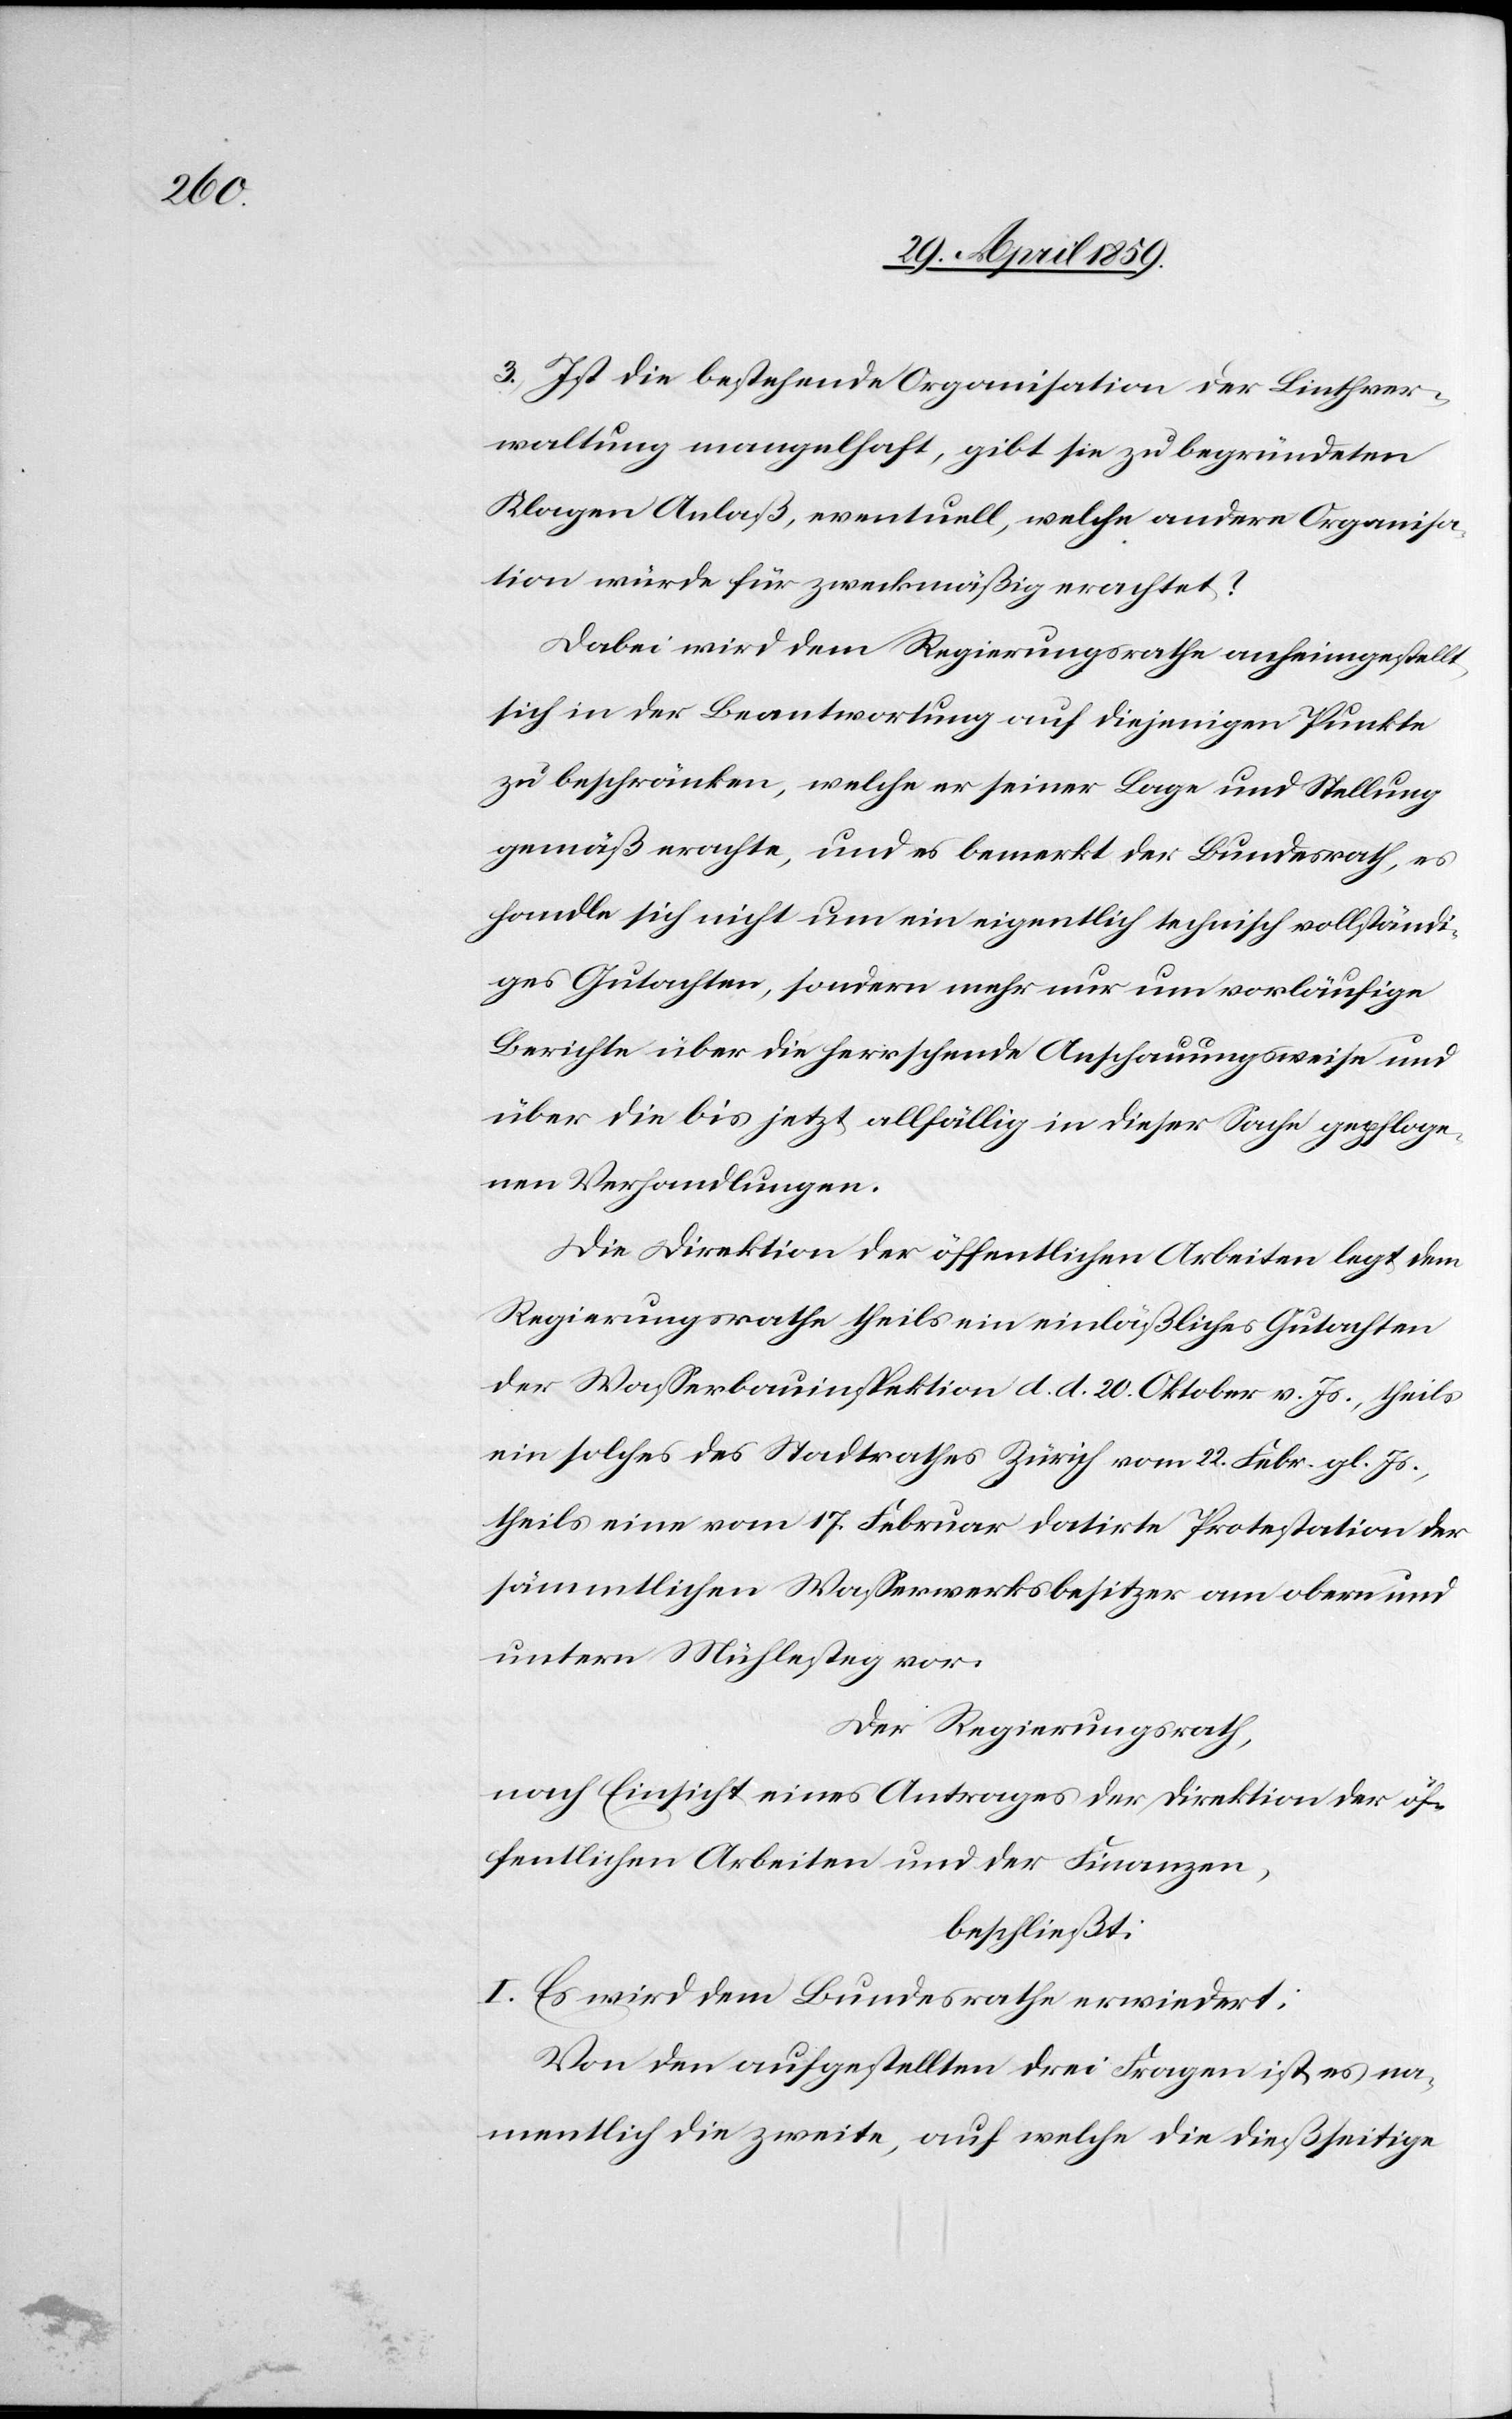
3) Ist die bestehende Organisation der Linthver¬
waltung mangelhaft, gibt sie zu begründeten
Klagen Anlaß, eventuell, welche andere Organisa¬
tion würde für zweckmäßig erachtet?
Dabei wird dem Regierungsrathe anheimgestellt,
sich in der Beantwortung auf diejenigen Punkte
zu beschränken, welche er seiner Lage und Stellung
gemäß erachte, und es bemerkt der Bundesrath, es
handle sich nicht um ein eigentlich technisch vollständi¬
ges Gutachten, sondern mehr nur um vorläufige
Berichte über die herrschende Anschauungsweise und
über die bis jetzt allfällig in dieser Sache gepfloge¬
nen Verhandlungen.
Die Direktion der öffentlichen Arbeiten legt dem
Regierungsrathe theils ein einläßliches Gutachten
der Waßerbauinspektion d. d. 20. Oktober v. Js., theils
ein solches des Stadtrathes Zürich vom 22. Febr. gl. Js.,
theils eine vom 17. Februar datirte Protestation der
sämmtlichen Waßerwerksbesitzer am obern und
untern Mühlesteg vor.
Der Regierungsrath,
nach Einsicht eines Antrages der Direktion der öf¬
fentlichen Arbeiten und der Finanzen,
beschließt:
I. Es wird dem Bundesrathe erwiedert:
Von den aufgestellten drei Fragen ist es na¬
mentlich die zweite, auf welche die dießseitige